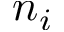
n _ { i }